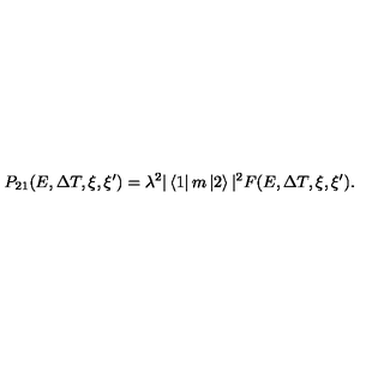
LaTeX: P _ { 2 1 } ( E , \Delta T , \xi , \xi ^ { \prime } ) = \lambda ^ { 2 } | \left< 1 \right| m \left| 2 \right> | ^ { 2 } F ( E , \Delta T , \xi , \xi ^ { \prime } ) .